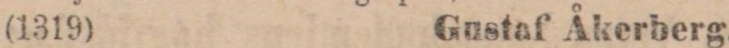
(1319) Gustaf Åkerberg.